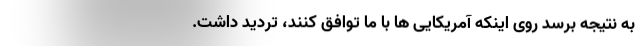
به نتیجه برسد روی اینکه آمریکایی ها با ما توافق کنند، تردید داشت.